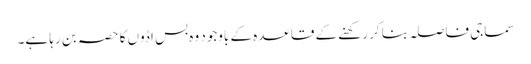
سماجی فاصلہ بنا کر رکھنے کے قاعدہ کے باوجود وہ بس اڈوں کا حصہ بن رہا ہے۔